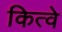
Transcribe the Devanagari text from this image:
कित्वे